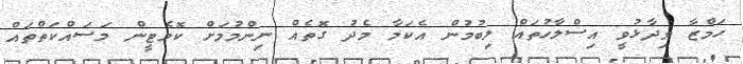
ހަމްޒާ ވިދާޅުވީ އިސްލާހުތައް ލިބުމުން އެކަމާ މެދު ގޮތެއް ނިންމުމަށް ކޮމެޓީން މަސައްކަތްތައް